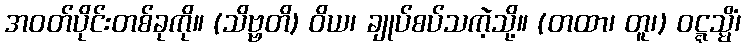
အဝတ်ပိုင်းတစ်ခုကို။ (သိဗ္ဗတိ) ဝိယ၊ ချုပ်စပ်သကဲ့သို့။ (တထာ၊ တူ၊) ဝဋ္ဋသ္မိံ၊